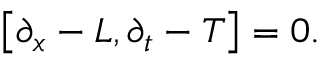
\left[ \partial _ { x } - L , \partial _ { t } - T \right] = 0 .